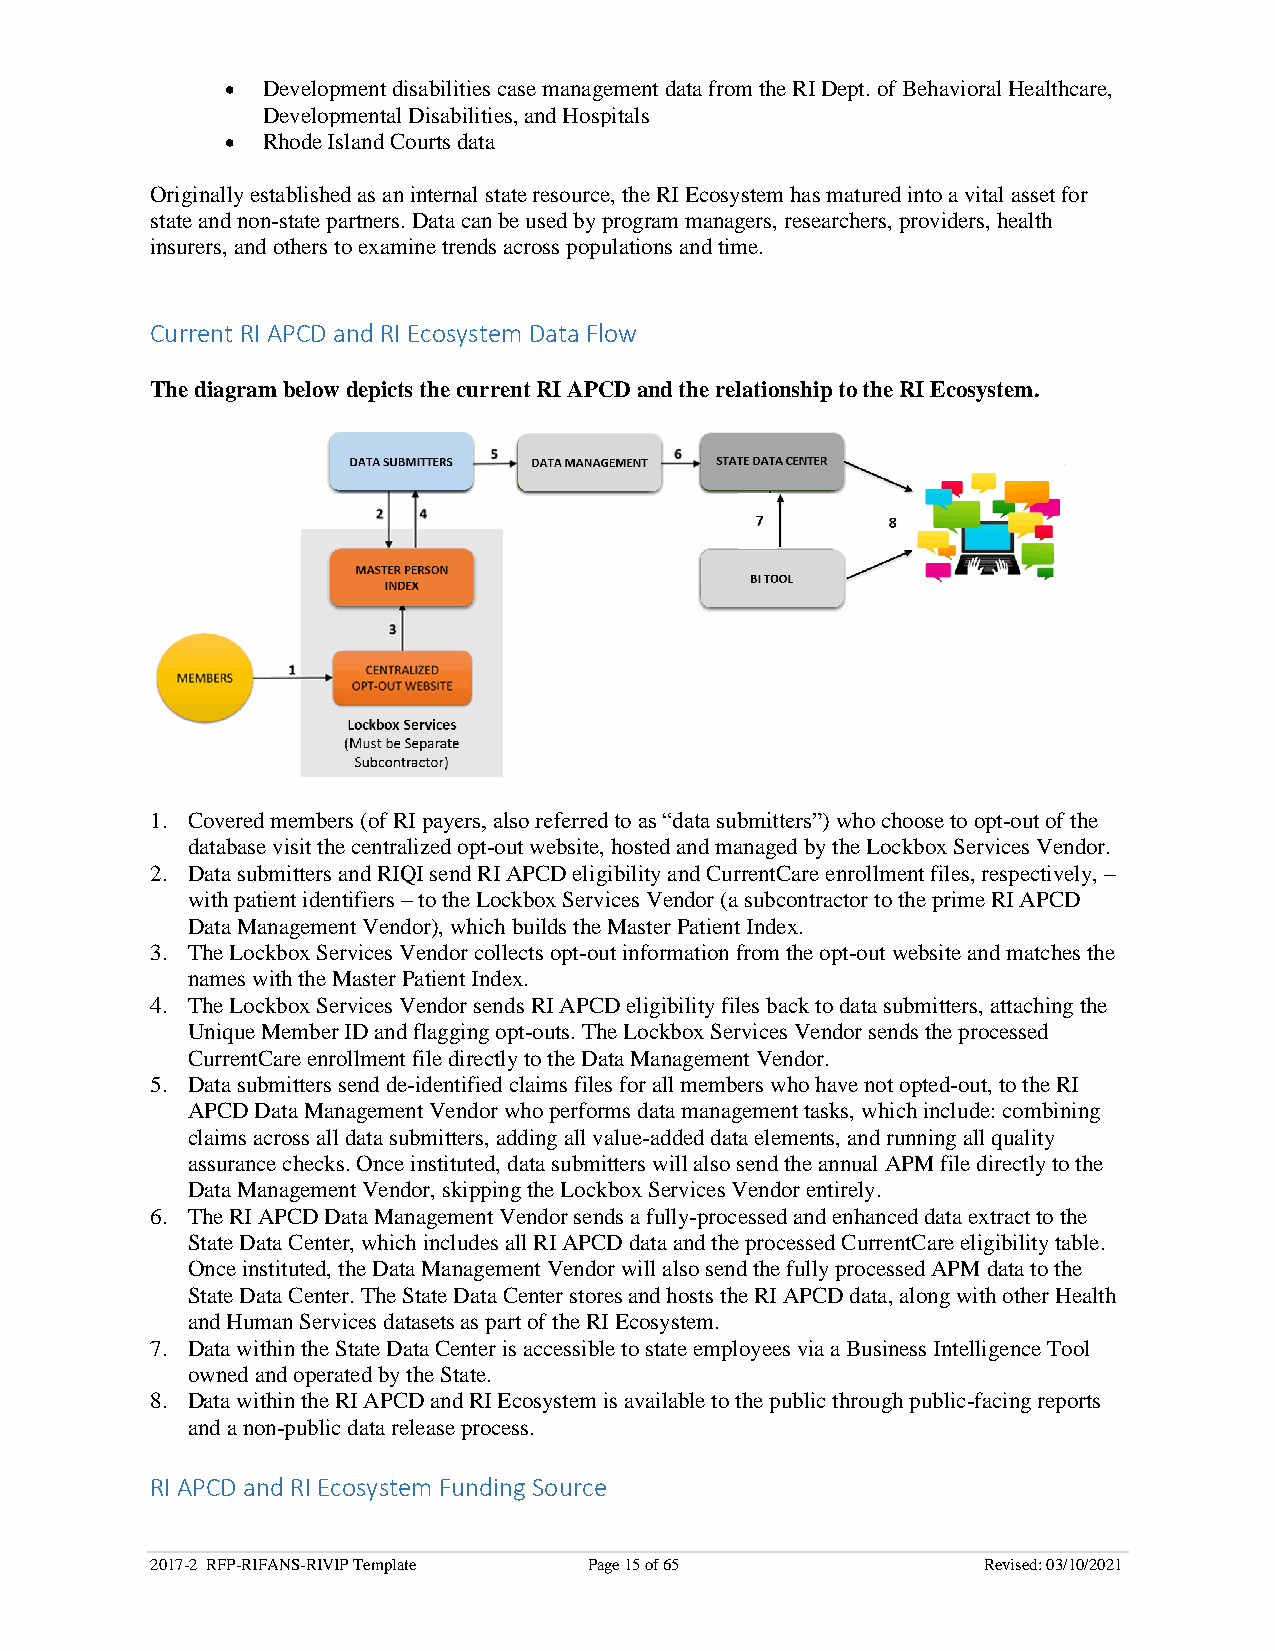
• Development disabilities case management data from the RI Dept. of Behavioral Healthcare,
 Developmental Disabilities, and Hospitals
 • Rhode Island Courts data
 Originally established as an internal state resource, the RI Ecosystem has matured into a vital asset for
 state and non-state partners. Data can be used by program managers, researchers, providers, health
 insurers, and others to examine trends across populations and time.
 Current RI APCD and RI Ecosystem Data Flow
 The diagram below depicts the current RI APCD and the relationship to the RI Ecosystem.
 1. Covered members (of RI payers, also referred to as “data submitters”) who choose to opt-out of the
 database visit the centralized opt-out website, hosted and managed by the Lockbox Services Vendor.
 2. Data submitters and RIQI send RI APCD eligibility and CurrentCare enrollment files, respectively, –
 with patient identifiers – to the Lockbox Services Vendor (a subcontractor to the prime RI APCD
 Data Management Vendor), which builds the Master Patient Index.
 3. The Lockbox Services Vendor collects opt-out information from the opt-out website and matches the
 names with the Master Patient Index.
 4. The Lockbox Services Vendor sends RI APCD eligibility files back to data submitters, attaching the
 Unique Member ID and flagging opt-outs. The Lockbox Services Vendor sends the processed
 CurrentCare enrollment file directly to the Data Management Vendor.
 5. Data submitters send de-identified claims files for all members who have not opted-out, to the RI
 APCD Data Management Vendor who performs data management tasks, which include: combining
 claims across all data submitters, adding all value-added data elements, and running all quality
 assurance checks. Once instituted, data submitters will also send the annual APM file directly to the
 Data Management Vendor, skipping the Lockbox Services Vendor entirely.
 6. The RI APCD Data Management Vendor sends a fully-processed and enhanced data extract to the
 State Data Center, which includes all RI APCD data and the processed CurrentCare eligibility table.
 Once instituted, the Data Management Vendor will also send the fully processed APM data to the
 State Data Center. The State Data Center stores and hosts the RI APCD data, along with other Health
 and Human Services datasets as part of the RI Ecosystem.
 7. Data within the State Data Center is accessible to state employees via a Business Intelligence Tool
 owned and operated by the State.
 8. Data within the RI APCD and RI Ecosystem is available to the public through public-facing reports
 and a non-public data release process.
 RI APCD and RI Ecosystem Funding Source
 2017-2 RFP-RIFANS-RIVIP Template Page 15 of 65         Revised: 03/10/2021